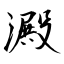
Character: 澱